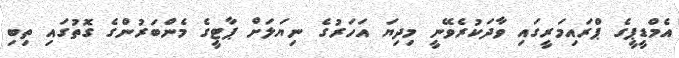
އެމްޑީޕީގެ ޕްރައިމަރީގައި ވާދަކުރެވޭނީ މިދިޔަ އަހަރުގެ ނިޔަލަށް ޕާޓީގެ މެންބަރުންގެ ގޮތުގައި ތިބި